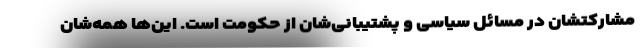
مشارکتشان در مسائل سیاسی و پشتیبانی‌شان از حکومت است. این‌ها همه‌شان